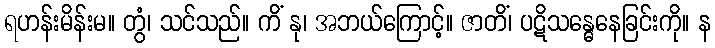
ရဟန်းမိန်းမ။ တွံ၊ သင်သည်။ ကိံ နု၊ အဘယ်ကြောင့်။ ဇာတိံ၊ ပဋိသန္ဓေနေခြင်းကို။ န